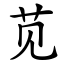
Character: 苋